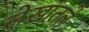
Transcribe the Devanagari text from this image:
लेखातले